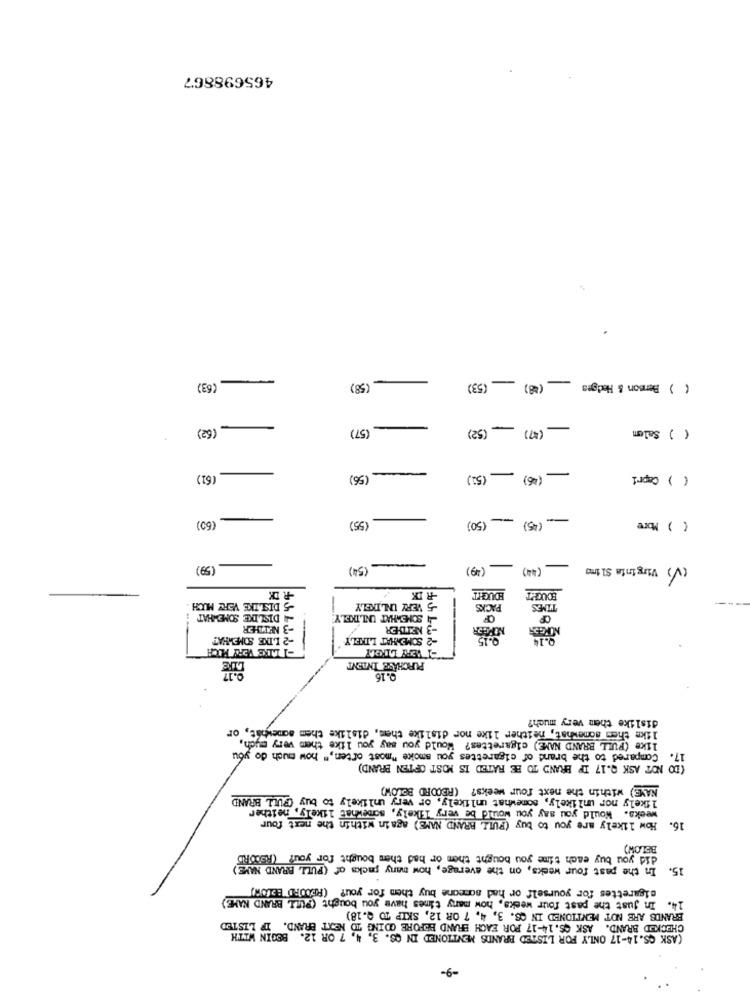
465698867
-
-
(63)
(58)
(53)
-
(48)
( ) Benson & Hedges
(62)
-
(57)
-
-
52)
(47)
-
( ) Salem
(56)
-
(51)
(46)
-
( ) Capri
-
-
(60)
(55)
(50)
(45)
( ) More
(59)
(54)
(49)
(44)
-
(V) Virginia SI tro
RIX
R IX
BOUGHT
BOUGHT
-5 DISLIKE VERY MUCH
-5 VERY UNLIKELY
PACKS
TIMES
-4 DISLIKE SOMEWHAT
SOMEWHAT UNLIKELY
-3 NEITHER
3 NETTER
NORGES
-2 LIKE SOMEWHAT
-2 SOMEWHAT LIKELY
9.15
PURCHASE INTENT
0.16
dislike them very much?
like thes somewhat, neither like nor dislike them, dislike them somewhat, or
like (FULL BRAND NAME) cigarettes? Would you say you like them very much,
17. Compared to the brand of cigarettes you smoke "most often," how much do you
(DO NOT ASK Q.17 IP BRAND TO BE RATED IS MOST OFTEN BRAND)
NAVE) within the next four weeks? (RECORD BELOW)
likely nor unlikely, somewhat unlikely, or very unlikely to buy (PULL BRAND
weeks. Would you say you would be very likely, somewhat likely, neither
16. How likely are you to buy (FULL BRAND NAME) again within the next four
BELOW)
did you buy each time you bought them or had them bought for your (RECORD"
In the past four weeks, on the average, how many packs of (FULL BRAND NAME)
15.
cigarettes for yourself or had someone buy them for you? (RECORD BELOW)
14. In Just the past four weeks, how many times have you bought (PULL BRAND NAME)
BRANDS ARE NOT MENTIONED IN CS. 3, 4, 7 OR 12, SKIP TO Q.18)
CHECKED BRAND. ASK CS. 14-17 POR EACH BRAND BEFORE GOING TO NEXT BRAND. IF LISTED
(ASK CS. 14-17 ONLY FOR LISTED BRANDS MENTIONED IN CS. 3, 4, 7 OR 12. BEGIN WITH
-9-